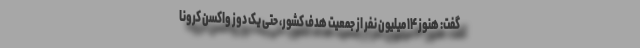
گفت: هنوز ۱۴ میلیون نفر از جمعیت هدف کشور، حتی یک دوز واکسن کرونا